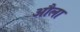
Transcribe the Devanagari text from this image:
औला